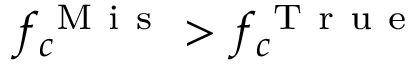
f _ { c } ^ { \mathrm { ~ M ~ i ~ s ~ } } > f _ { c } ^ { \mathrm { ~ T ~ r ~ u ~ e ~ } }